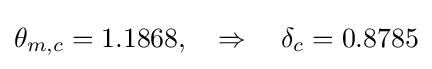
\theta _{m,c}=1.1868,\quad \Rightarrow \quad \delta _{c}=0.8785